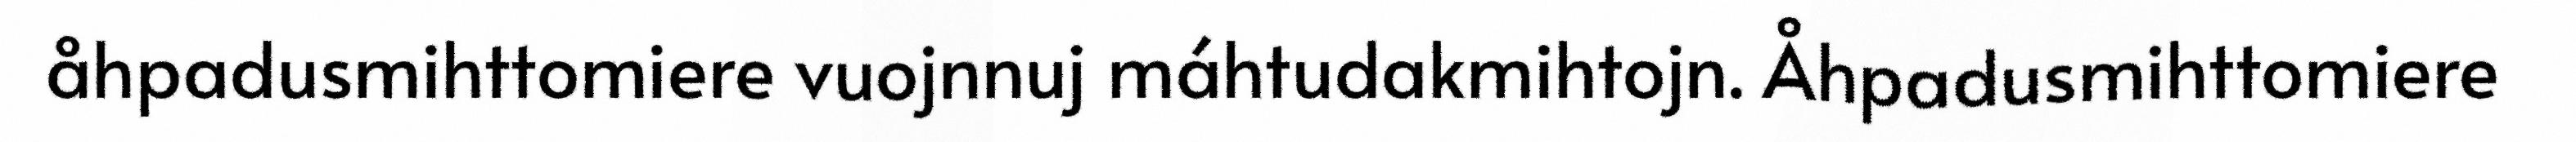
åhpadusmihttomiere vuojnnuj máhtudakmihtojn. Åhpadusmihttomiere